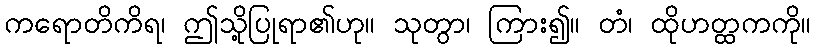
ကရောတိကိရ၊ ဤသို့ပြုရာ၏ဟု။ သုတွာ၊ ကြား၍။ တံ၊ ထိုဟတ္ထကကို။